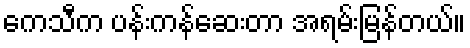
ကေသီက ပန်းကန်ဆေးတာ အရမ်းမြန်တယ်။